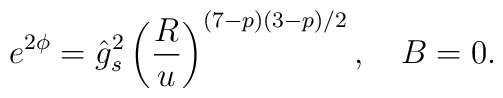
e^{2\phi}= \hat{g}_s^2 \left (\frac{R}{u}\right)^{(7-p)(3-p)/2}, \ \ \ B=0.